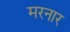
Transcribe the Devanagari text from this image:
मरनार